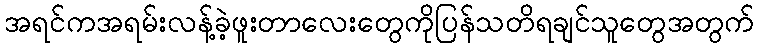
အရင်ကအရမ်းလန့်ခဲ့ဖူးတာလေးတွေကိုပြန်သတိရချင်သူတွေအတွက်